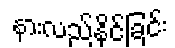
နားလည်နိုင်ခြင်း